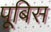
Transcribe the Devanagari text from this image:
पूबिस